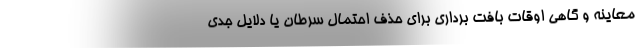
معاینه و گاهی اوقات بافت برداری برای حذف احتمال سرطان یا دلایل جدی